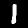
Label: 1